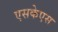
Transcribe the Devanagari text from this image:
एसकेएस